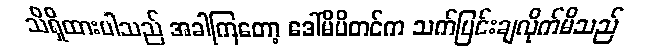
သိရှိထားပါသည် အခါကြတော့ ဒေါ်မိမိတင်က သက်ပြင်းချလိုက်မိသည်